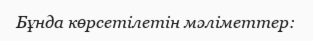
Бұнда көрсетілетін мәліметтер: